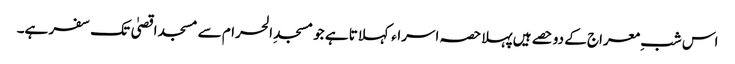
اس شبِ معراج کے دو حصے ہیں پہلا حصہ اسراء کہلاتا ہے جو مسجدِ الحرام سے مسجد اقصیٰ تک سفر ہے۔